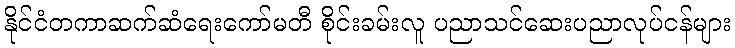
နိုင်ငံတကာဆက်ဆံရေးကော်မတီ စိုင်းခမ်းလူ ပညာသင်ဆေးပညာလုပ်ငန်များ